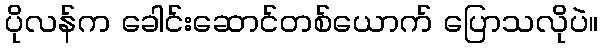
ပိုလန်က ခေါင်းဆောင်တစ်ယောက် ပြောသလိုပဲ။